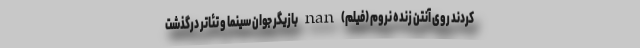
کردند روی آنتن زنده نروم (فیلم) nan بازیگر جوان سینما و تئاتر درگذشت